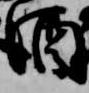
酒